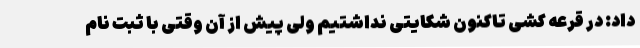
داد: در قرعه کشی تاکنون شکایتی نداشتیم ولی پیش از آن وقتی با ثبت نام